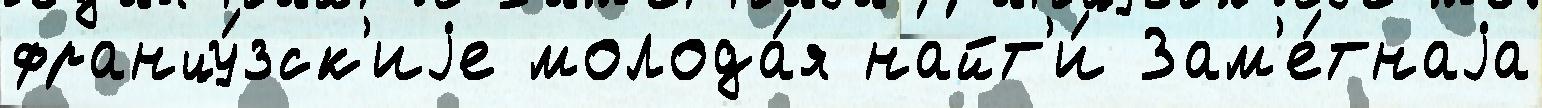
францу́зск'иjе молода́я найт'и́ Зам'е́тнаjа